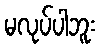
မလုပ်ပါဘူး